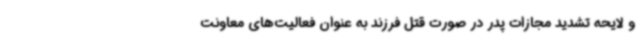
و لایحه تشدید مجازات پدر در صورت قتل فرزند به عنوان فعالیت‌های معاونت